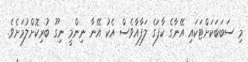
މި ސަބަބަކަށްޓަކައި އޭނާގެ ކާފަގެ ލަފާއާވެސް އެކު އޭނާ ނިންމީ ނިގޫ ބުރިކޮށްލުމަށެވެ.